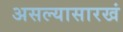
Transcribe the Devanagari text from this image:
असल्यासारखं